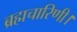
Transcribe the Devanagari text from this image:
ब्रह्मचारिणी।